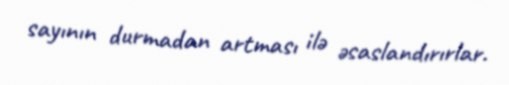
sayının durmadan artması ilə əsaslandırırlar.